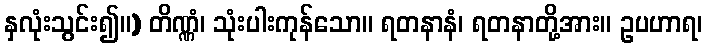
နှလုံးသွင်း၍။) တိဏ္ဏံ၊ သုံးပါးကုန်သော။ ရတနာနံ၊ ရတနာတို့အား။ ဥပဟာရ၊